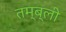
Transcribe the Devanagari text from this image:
तम्ब्ली